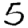
Digit: 5